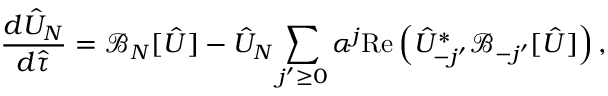
\frac { d \hat { U } _ { N } } { d \hat { \tau } } = { \mathcal { B } } _ { N } [ \hat { U } ] - \hat { U } _ { N } \sum _ { j ^ { \prime } \ge 0 } \alpha ^ { j } \mathrm { R e } \left( \hat { U } _ { - j ^ { \prime } } ^ { * } { \mathcal { B } } _ { - j ^ { \prime } } [ \hat { U } ] \right) ,